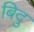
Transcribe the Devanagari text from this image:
बिदु